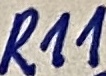
Text: R11